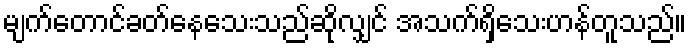
မျက်တောင်ခတ်နေသေးသည်ဆိုလျှင် အသက်ရှိသေးဟန်တူသည်။